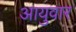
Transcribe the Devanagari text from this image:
आयुवार